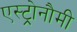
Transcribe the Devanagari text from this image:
एस्ट्रोनौमी